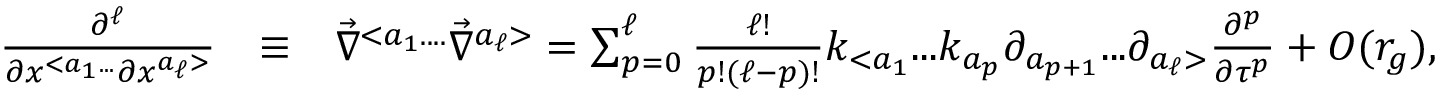
\begin{array} { r l r } { \frac { \partial ^ { \ell } } { \partial x ^ { < a _ { 1 } . . . } \partial x ^ { a _ { \ell } > } } } & { \equiv } & { { \vec { \nabla } } ^ { < a _ { 1 } . . . . } { \vec { \nabla } } ^ { a _ { \ell } > } = \sum _ { p = 0 } ^ { \ell } \frac { \ell ! } { p ! ( \ell - p ) ! } k _ { < a _ { 1 } } . . . k _ { a _ { p } } \partial _ { a _ { p + 1 } } . . . \partial _ { a _ { \ell } > } \frac { \partial ^ { p } } { \partial \tau ^ { p } } + { \cal O } ( r _ { g } ) , } \end{array}